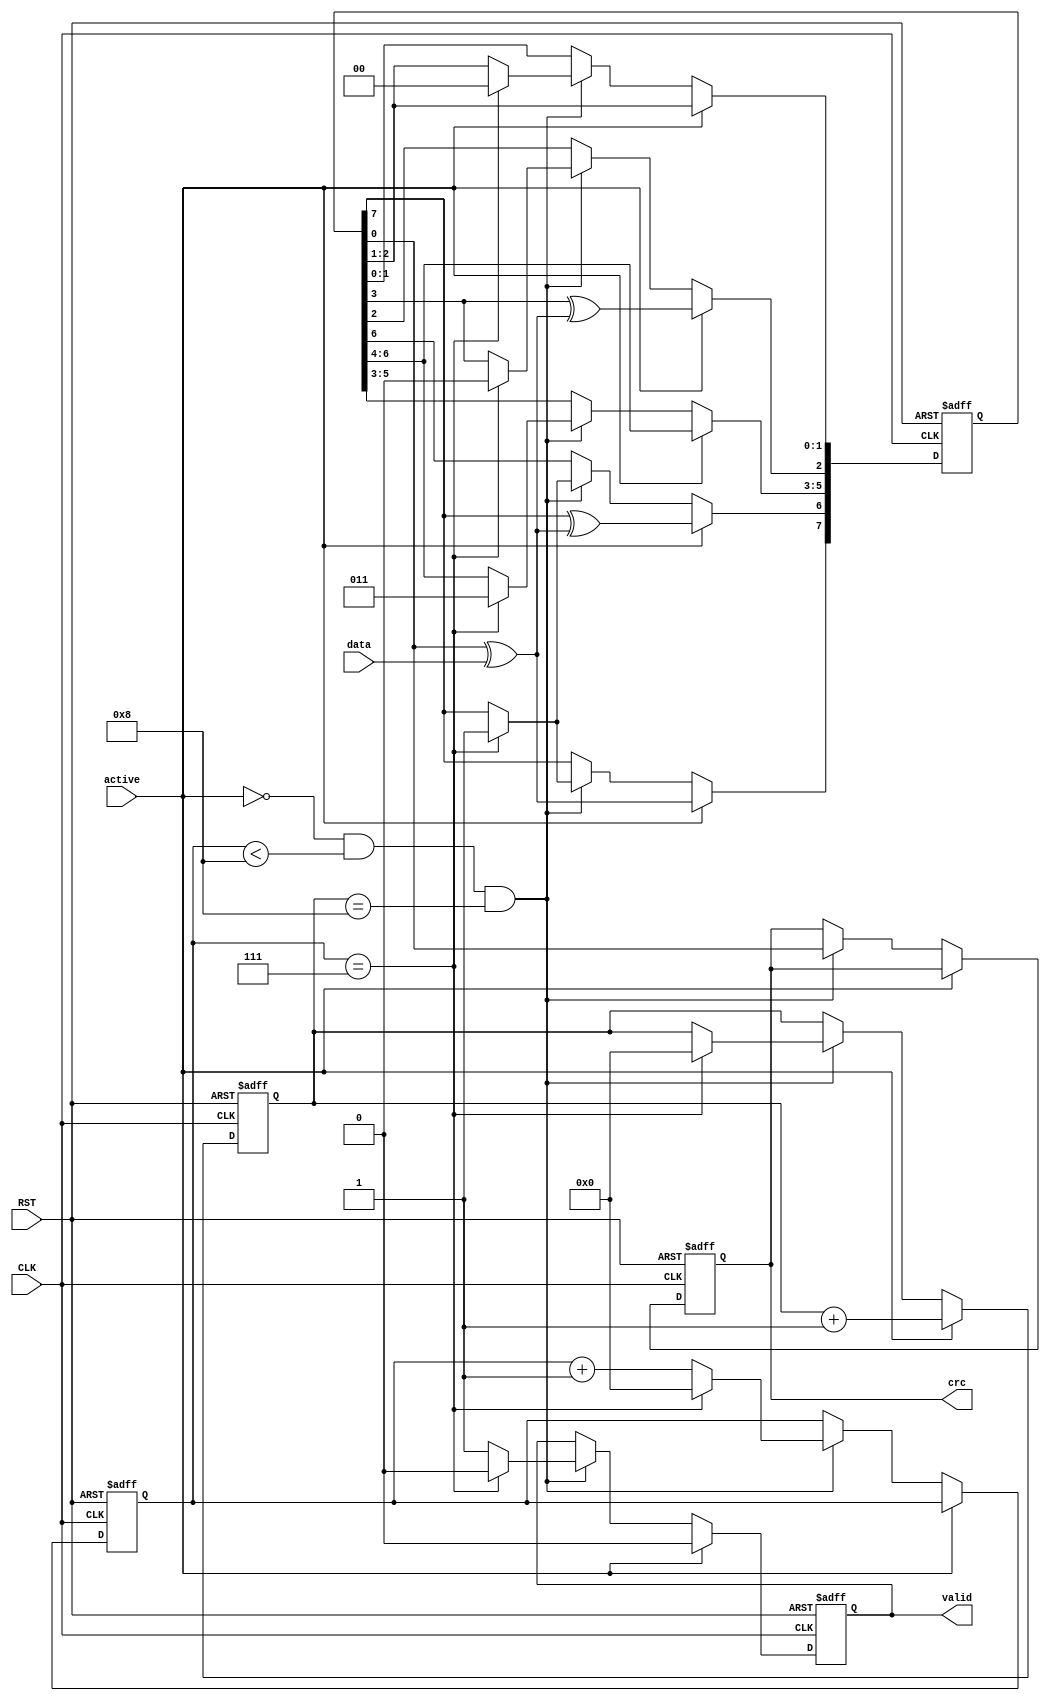
module CRC
#(parameter sead = 8'hD8, LSFRs = 7)
(data, active, CLK, RST, crc, valid);
input  data;
input  active;
input  CLK;
input  RST;
output crc;
output valid;

reg crc;
reg valid;
reg [7:0] registers;
reg [3:0] i;
reg [3:0] j;

always@(posedge CLK or negedge RST)
begin
    if(!RST)
    begin
        registers <= sead;
        valid     <= 1'b0;
        crc       <= 1'b0;
        i         <= 1'b0;
        j         <= 1'b0;
    end
    else if (active == 1)
    begin
            valid <= 0;
            j     <= j+1;
            registers[7]    <= registers[0]^data;
            registers[6]    <= registers[7]^(registers[0]^data);
            registers[5:3]  <= registers[6:4];
            registers[2]    <= registers[3]^(registers[0]^data);
            registers[1:0]  <= registers[2:1];
    end
    else if (active == 0 && i < (LSFRs+1) && j==(LSFRs+1))
    begin
        valid <= 1'b1;
        {registers[6:0],crc} <= registers;
        i <= i+1;
        if (i==LSFRs)
         begin 
            valid     <= 1'b0; 
            i         <= 4'b0;
            j         <= 4'b0;
            registers <= sead;
         end
    end 
end
endmodule